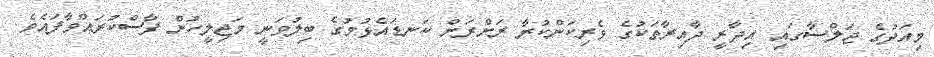
މިއަދުގެ ޖަލްސާގައި އިދާރީ ދާއިރާތަކުގެ ވެރިކަންކުރާ ރަށްރަށް ކަނޑައެޅުމުގެ ބިލުވަނީ މަޖިލީހުން ފާސްކުރައްވާފައެވެ.